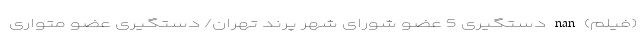
(فیلم) nan دستگیری 5 عضو شورای شهر پرند تهران/ دستگیری عضو متواری